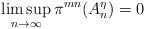
LaTeX: \begin{align*}\limsup_{n\to \infty}\pi^{mn}(A_n^{\eta})=0\end{align*}